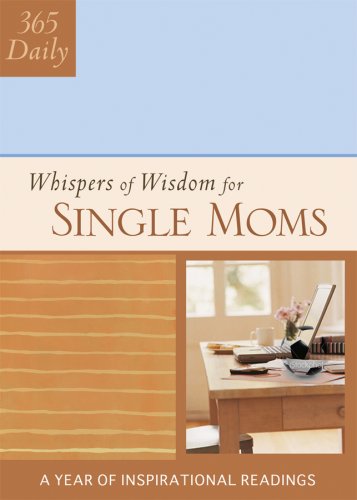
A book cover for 365 Whispers of Wisdom for Single Moms (365 Daily Whispers of Wisdom); Barbour Publishing; Parenting & Relationships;